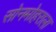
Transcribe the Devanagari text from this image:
सोनमोहराला